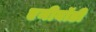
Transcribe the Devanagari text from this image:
एनीबॉडी